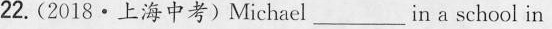
22.(2018·上海中考)Michael___in a school in